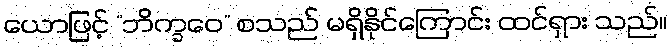
ယောဖြင့် “ဘိက္ခဝေ” စသည် မရှိနိုင်ကြောင်း ထင်ရှား သည်။